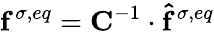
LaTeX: \mathbf{f}^{\sigma,eq}=\mathbf{C}^{-1}\cdot\mathbf{\hat{f}}^{\sigma,eq}